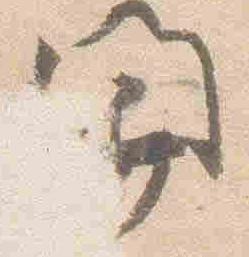
開